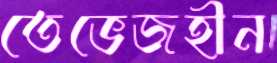
তেভেজহীন